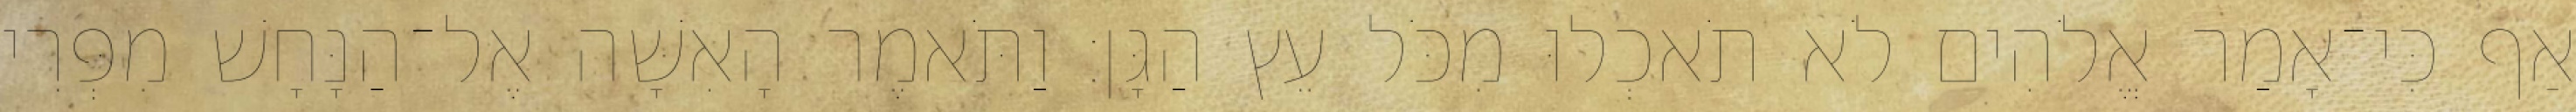
אַף כִּי־אָמַר אֱלֹהִים לֹא תֹאכְלוּ מִכֹּל עֵץ הַגָּן׃ וַתֹּאמֶר הָאִשָּׁה אֶל־הַנָּחָשׁ מִפְּרִי